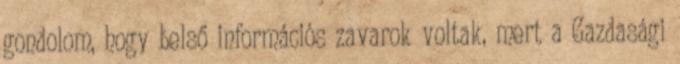
gondolom, hogy belső információs zavarok voltak, mert a Gazdasági